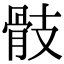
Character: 𩨝